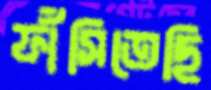
ফাঁসিতেছি